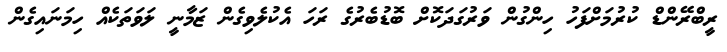
ރީބްރޭންޑް ކުރުމަށްފަހު ހިންގުން ވަރުގަދަކޮށް ބޮޑުބެރުގެ ރަހަ އެކުލެވިގެން ޒަމާނީ ލަވަތަކެއް ހިމަނައިގެން